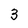
Character: 3